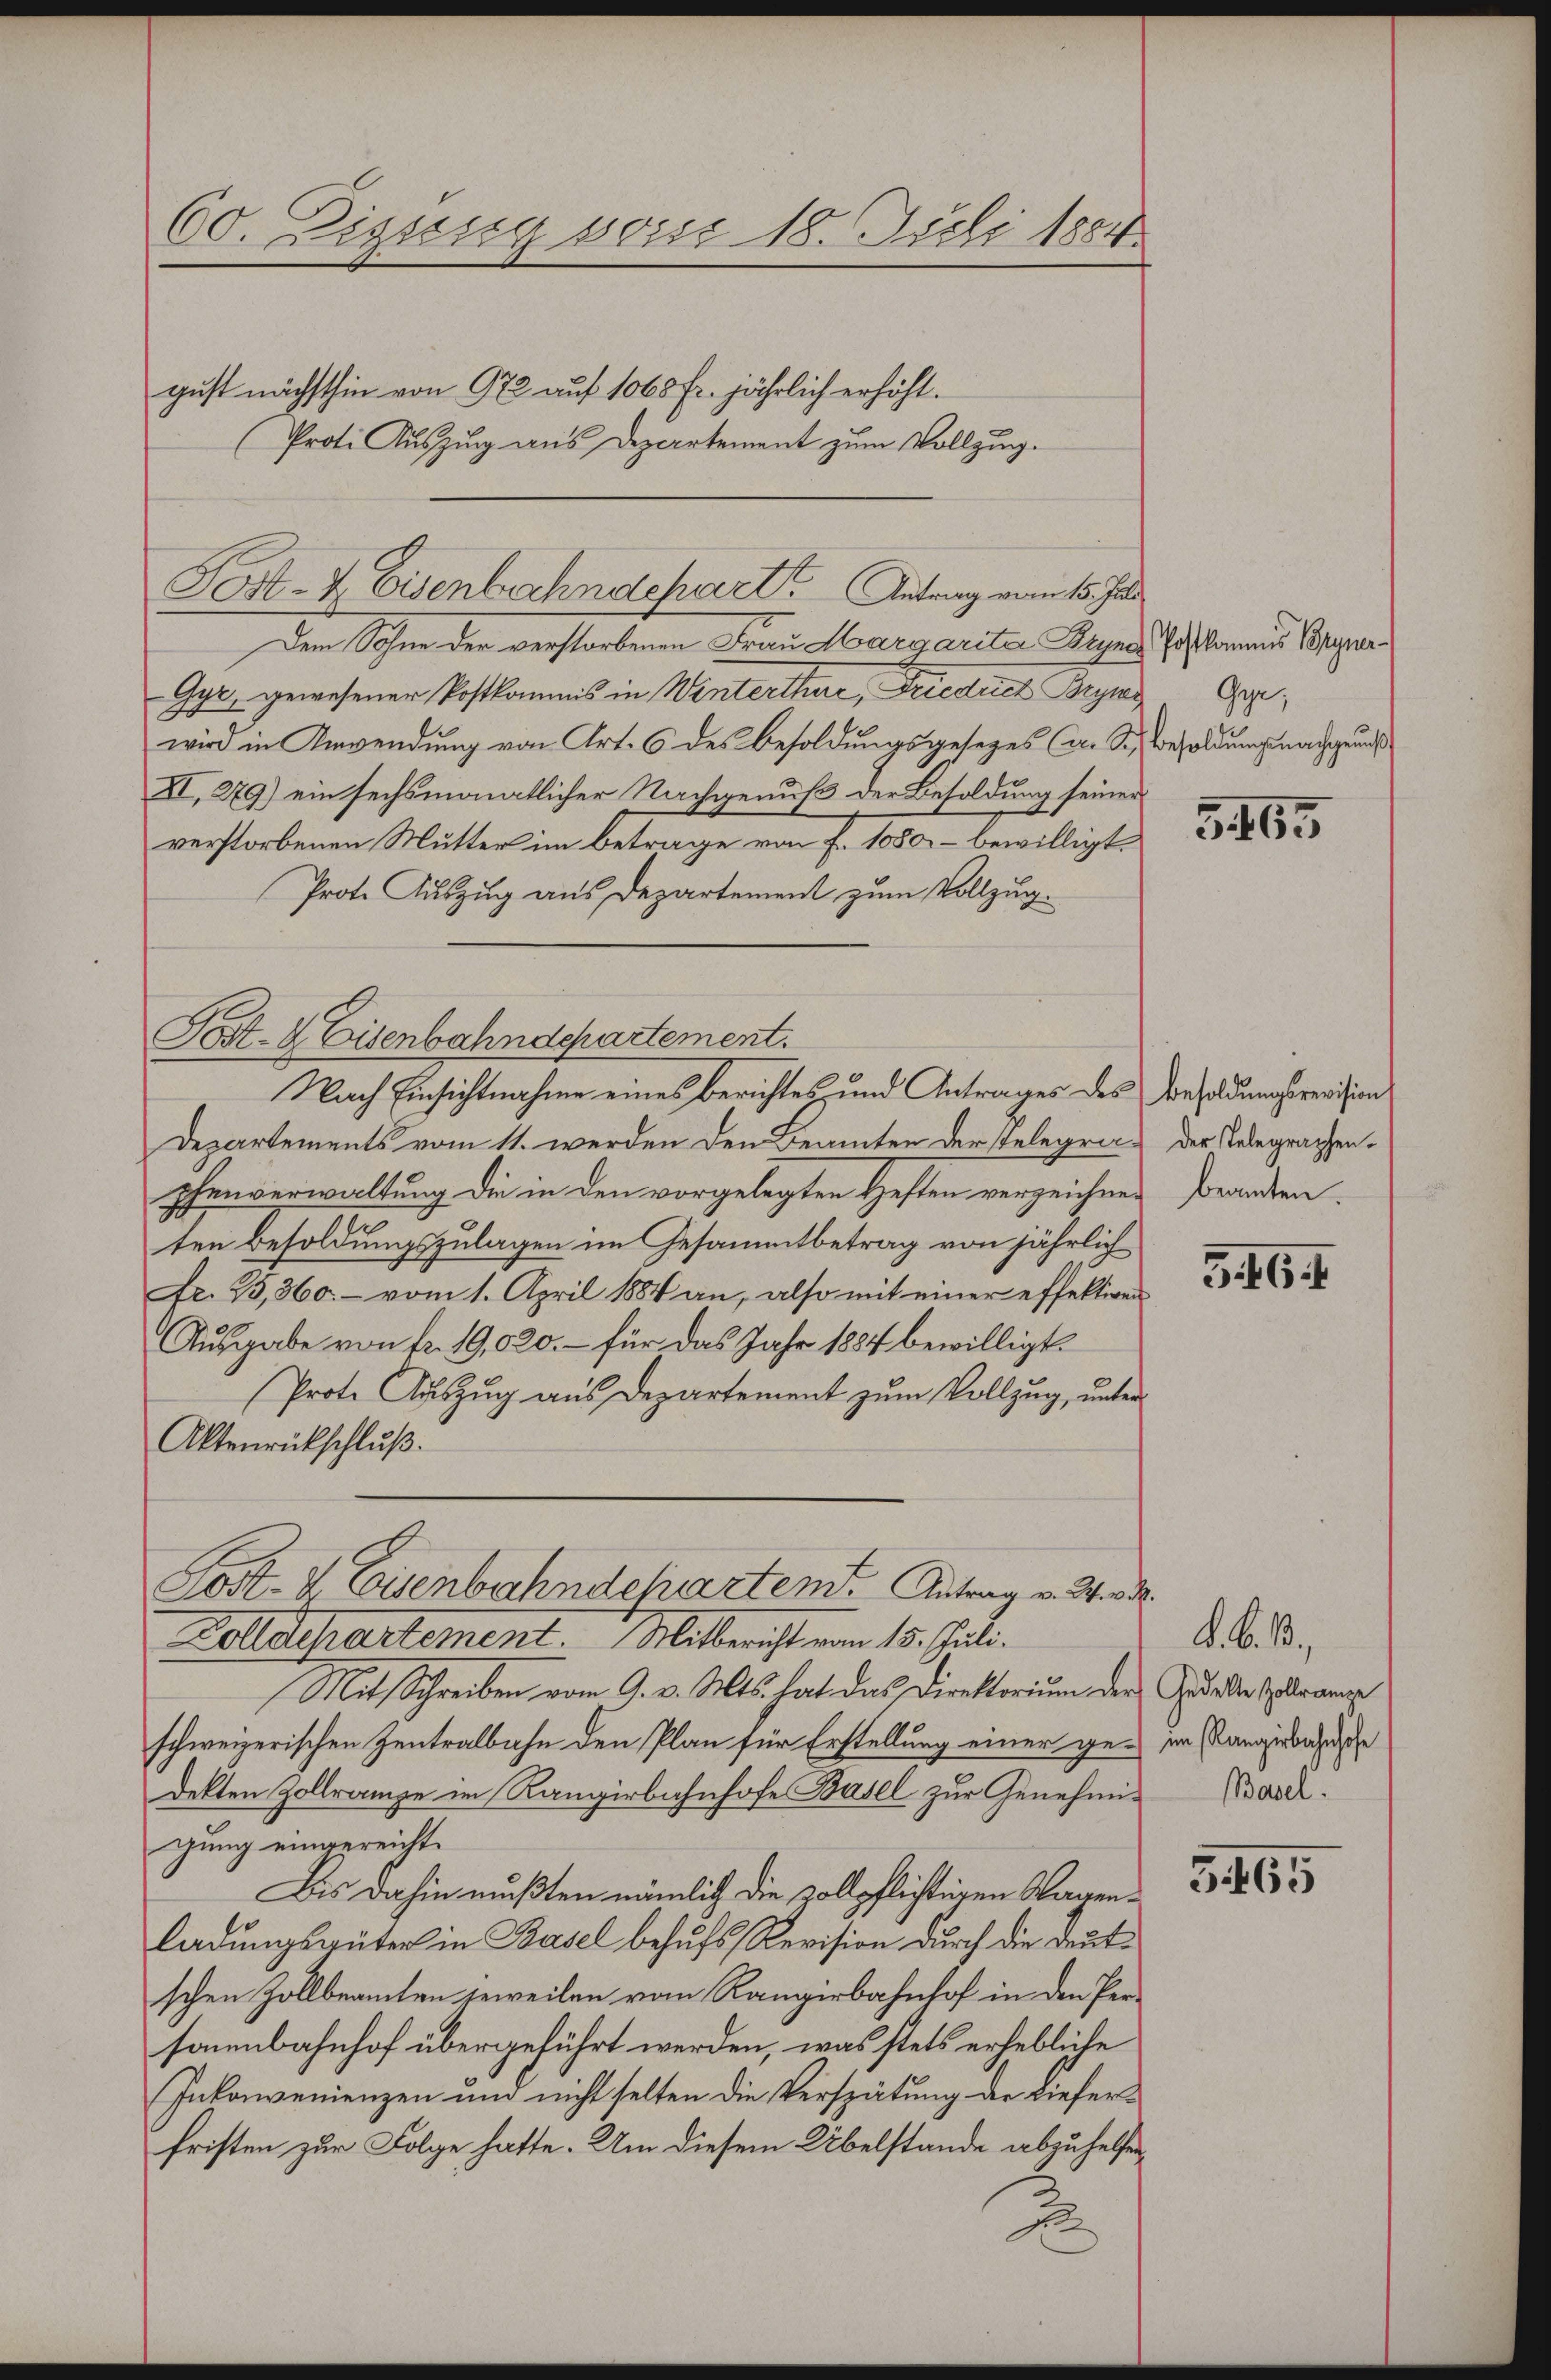
60. Zizung von 18. Juli 1884.

Post- & Eisenbahndepart Antrag vom 15. Jun

gust nächsthin von 972 auf 1060 Fr. jährlich erhöht.
Proti Auszug aus Departement zum Vollzung.

Dem Sohne der verstorbenen Frau Margariter Bryne Postkamnus Bryner¬
Gyr, gewesener Postkommis in Winterthur, Friedrich Bryne
wird in Anwendung von Art. 6 des Besoldungsgesezes (Aar. S. Besoldungsnachgenuß
XI, 279) ein sechsmonatlicher Nachgenuß der Besoldung seiner
verstorbenen Mutter im Betrage von f. 1050. – bewilligt.
Prote Auszug aus Departement zum Vollzug.
Post- & Eisenbahndepartement.
Nach Einsichtnahme eines berichtes und Antrages des Besoldungsrevision
Departements vom 11. werden den Beamten der stelegrac, der Telegraphenphenverwaltung die in den vorgelegten Heften verzeichnen Beanten.
ten Besoldungszulagen im Gesammtbetrag von jährlich
fr. 25,360. - vom 1. April 1884 an, also mit einer effektiven
Ausgabe von fr. 19,020.- für das Jahr 1884 bewilligt.
Prote Auszug aus Departement zum Vollzug, unter
Aktenrückschluß.
Post- & Eisenbahndepartem Antrag v. Wird
Bolle chartement.   Mitbericht vom 15. Juli.
Mit Schreiben vom 9. v. Mts. hat das Direktorium der Grade drange
schweizerischen Zentralbahn den Plan für Erstellung einer ge- im Ranginalische
dekten Zollrampe im Rangirbahnhofe Basel zur Genehmig Basel.
gung eingereicht.
Bis dahin mußten nämlich die zollpflichtigen Wagenladungsgüter in Basel behufs Revision durch die Deutschen Zollbeamten jeweilen vom Rangirbahnhof in den Per-
sonenbahnhof übergeführt werden, was stets erhebliche
Inkonvenienzen und nicht selten die Verspätung der Lieferfristen zur Folge hatte. Um diesem Übelstande abzuhelfen
2

Gyr,

5465

546.

K. B. B.,

565